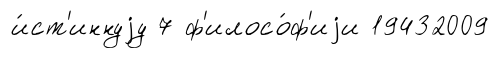
и́ст'иннуjу 7 ф'илосо́ф'иjи 19432009